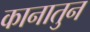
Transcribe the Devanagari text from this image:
कानातुन